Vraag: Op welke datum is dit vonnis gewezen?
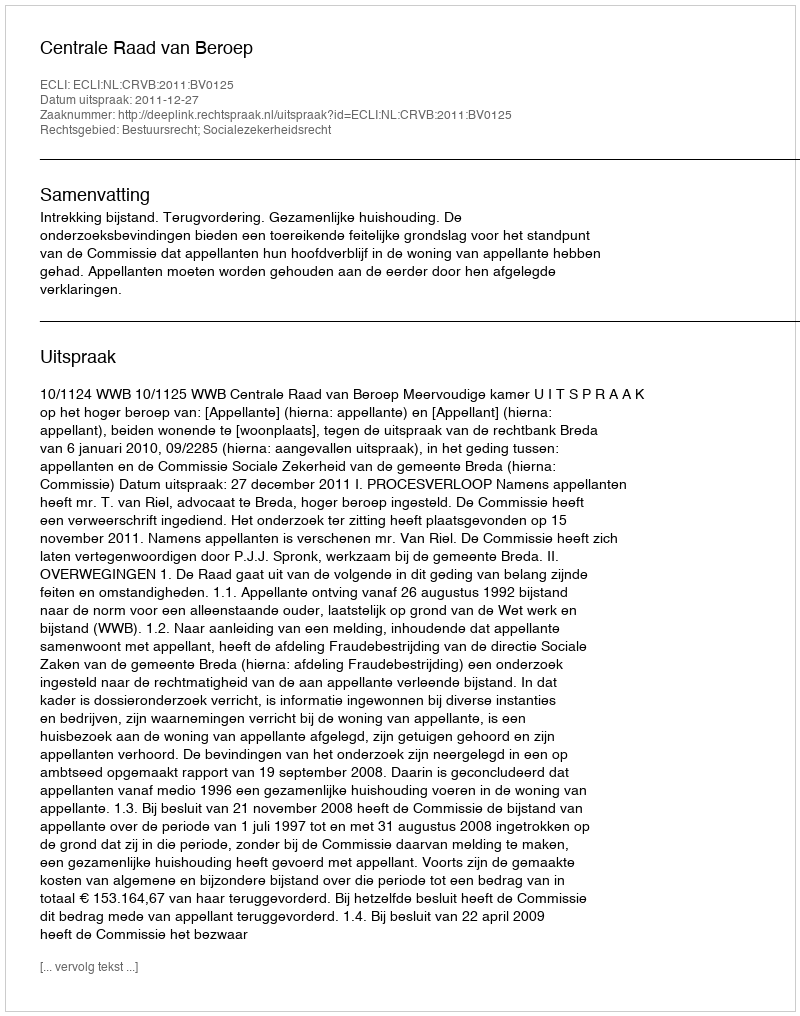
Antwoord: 2011-12-27